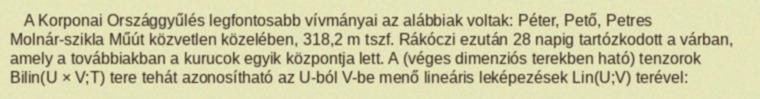
A Korponai Országgyűlés legfontosabb vívmányai az alábbiak voltak: Péter, Pető, Petres Molnár-szikla Műút közvetlen közelében, 318,2 m tszf. Rákóczi ezután 28 napig tartózkodott a várban, amely a továbbiakban a kurucok egyik központja lett. A (véges dimenziós terekben ható) tenzorok Bilin(U × V;T) tere tehát azonosítható az U-ból V-be menő lineáris leképezések Lin(U;V) terével: